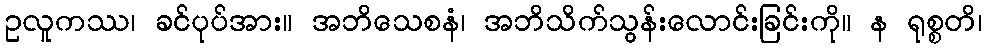
ဥလူကဿ၊ ခင်ပုပ်အား။ အဘိသေစနံ၊ အဘိသိက်သွန်းလောင်းခြင်းကို။ န ရုစ္စတိ၊